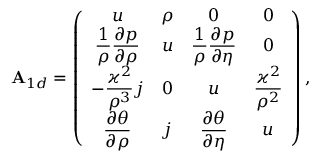
\begin{array} { r } { \everymath { \displaystyle } \mathbf { A } _ { 1 d } = \left( \begin{array} { c c c c } { u } & { \rho } & { 0 } & { 0 } \\ { \frac { 1 } { \rho } \frac { \partial p } { \partial \rho } } & { u } & { \frac { 1 } { \rho } \frac { \partial p } { \partial \eta } } & { 0 } \\ { - \frac { \varkappa ^ { 2 } } { \rho ^ { 3 } } j } & { 0 } & { u } & { \frac { \varkappa ^ { 2 } } { \rho ^ { 2 } } } \\ { \frac { \partial \theta } { \partial \rho } } & { j } & { \frac { \partial \theta } { \partial \eta } } & { u } \end{array} \right) , } \end{array}